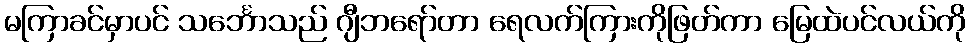
မကြာခင်မှာပင် သင်္ဘောသည် ဂျီဘရော်တာ ရေလက်ကြားကိုဖြတ်ကာ မြေထဲပင်လယ်ကို